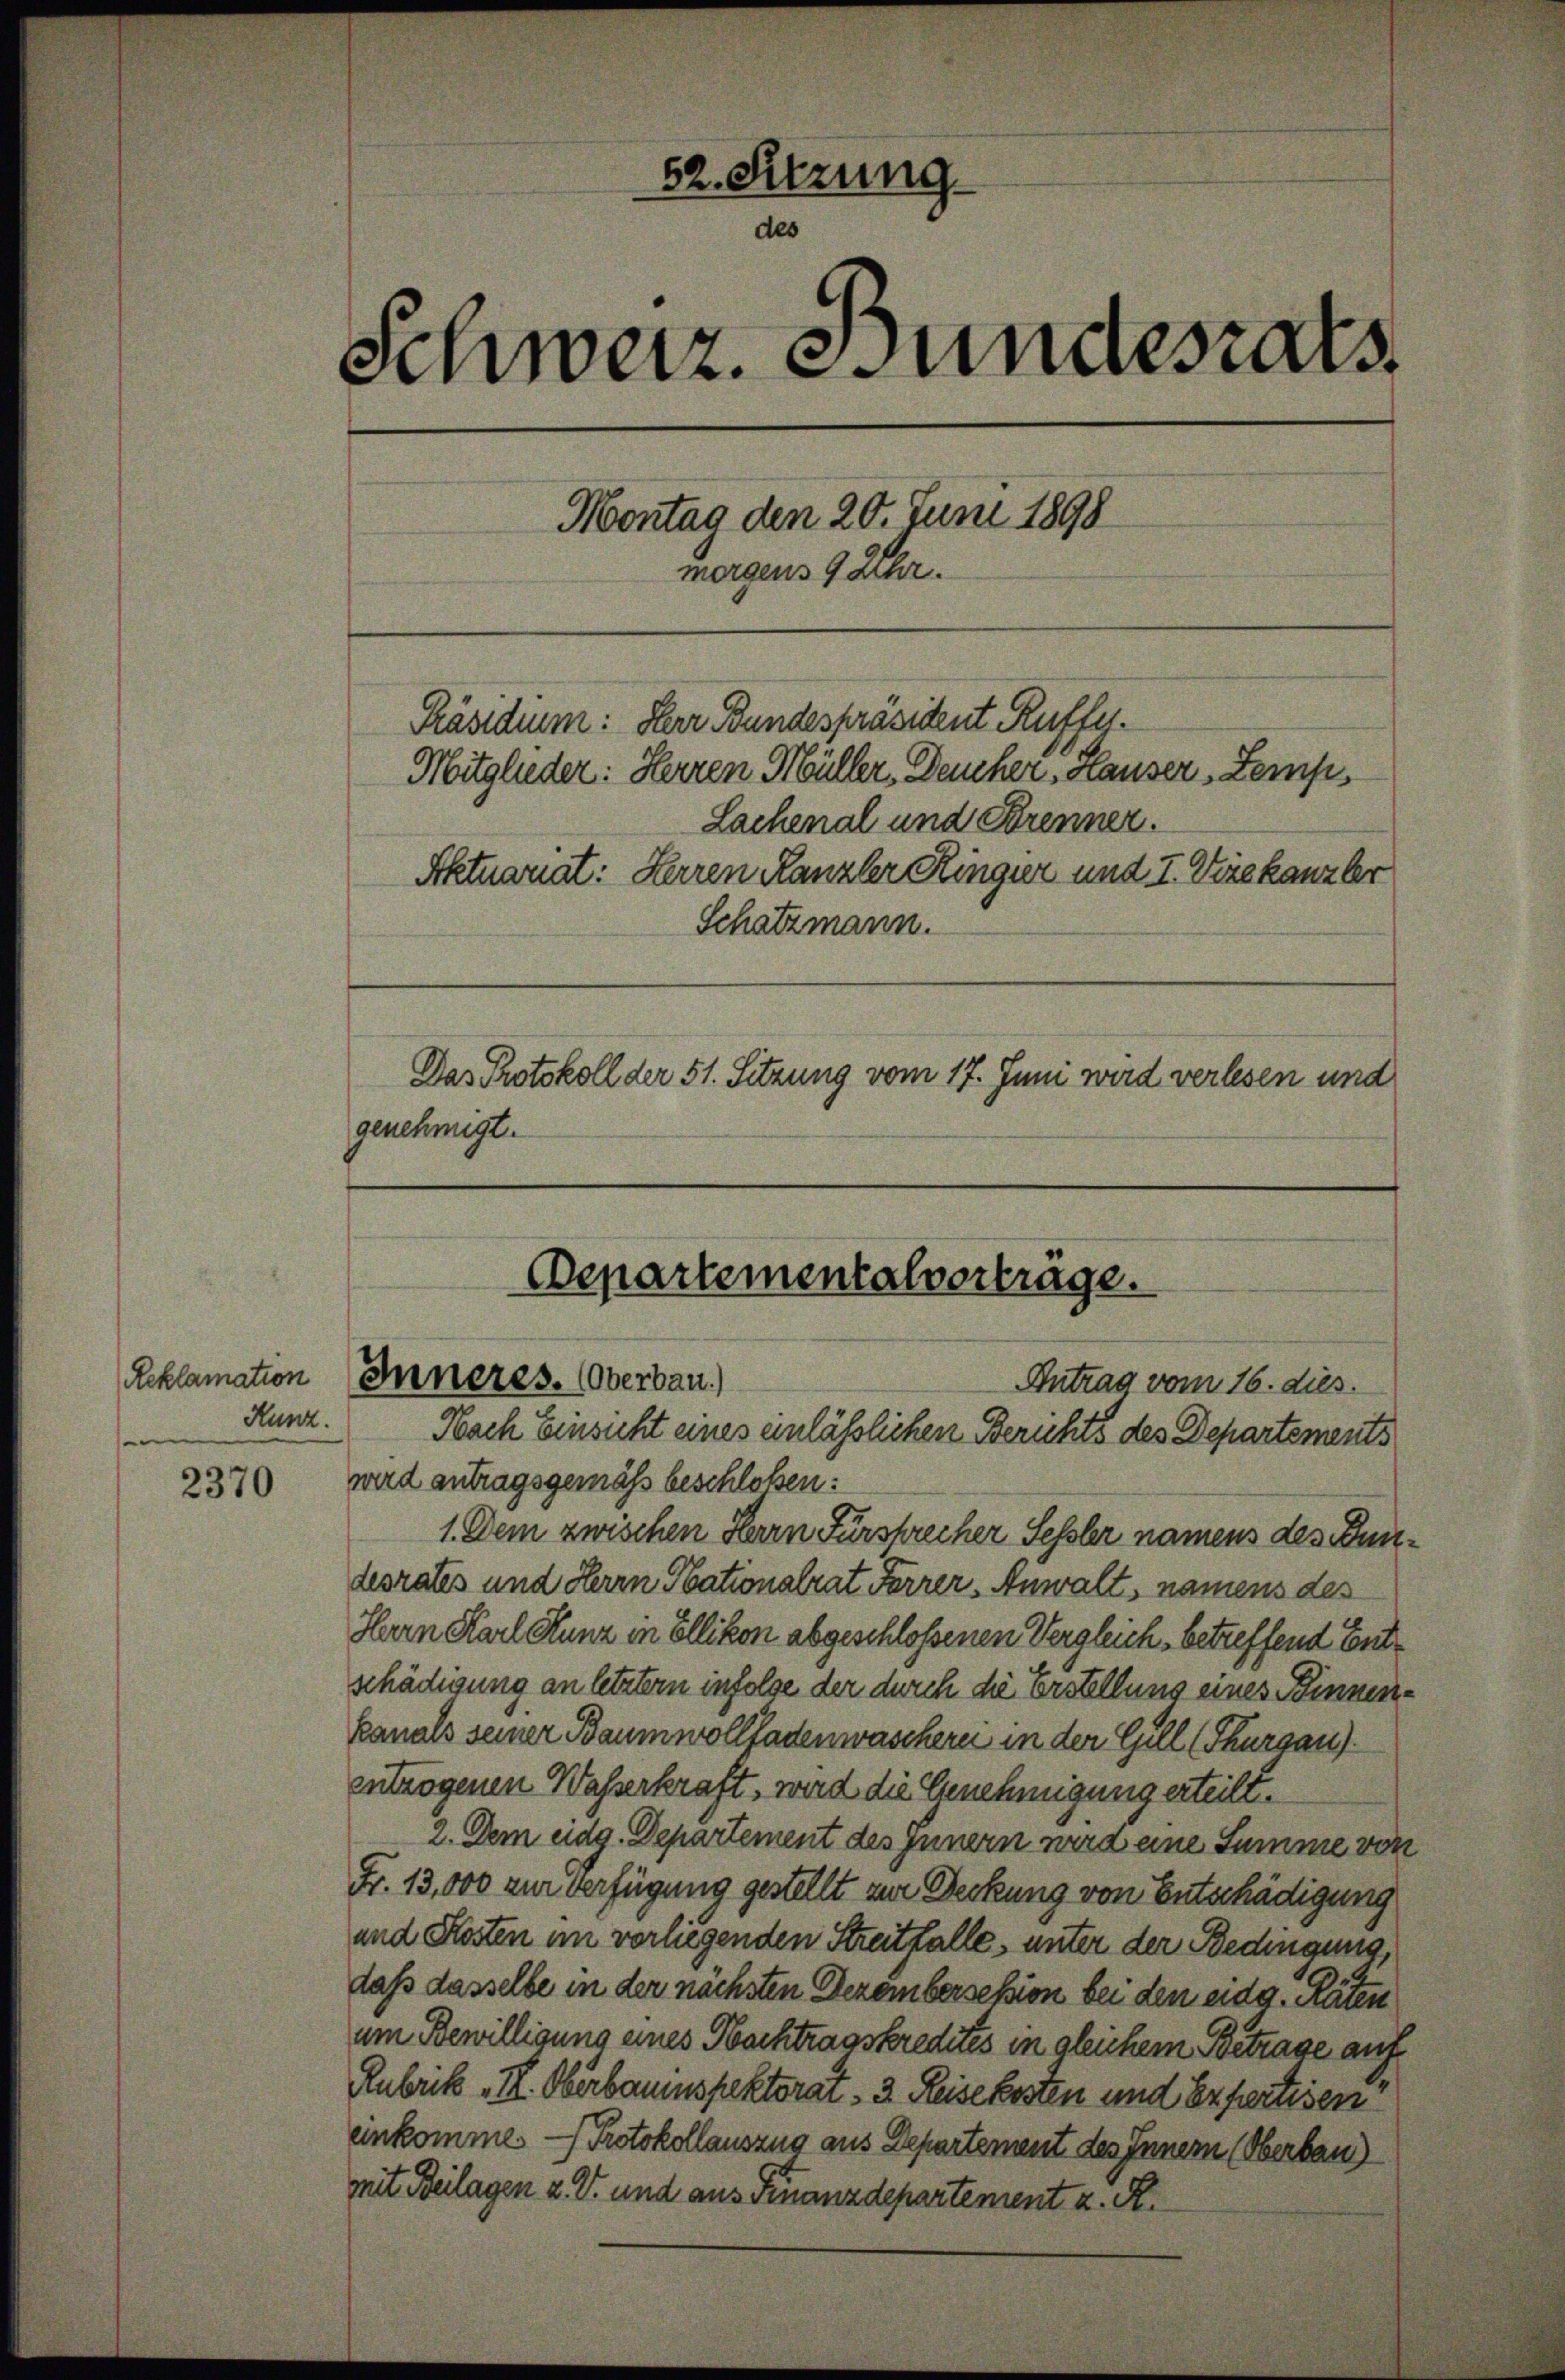
Reklamation
Kunz.

2370

52. Sitzung.
des
Schweiz. Bundesrats
Montag den 20. Juni 1898
morgens 9 Uhr.
Präsidium: Herr Bundespräsident Ruffy.
Mitglieder: Herren Müller, Deucher, Hauser, Zemp¬
Lachenal und Brenner.
Aktuariat: Herren Kanzler Ringer und I. Direkanzler
Schatzmann.
Das Protokoll der 51. Sitzung vom 17. Juni wird verlesen und
genehmigt.

Departementalverträge.
Inneres. (Oberbau.)
Antrag vom 16. dies.
Nach Einsicht eines einlässlichen Berichts des Departements

wird antragsgemäss beschloßen:
1. Dem zwischen Herrn Fürsprecher Sessler namens des Bundesrates und Herrn Stationalrat Forrer Anwalt, namens des
Herrn Karl Kunz in Ellikon abgeschloßenen Vergleich, betreffend Entschädigung an letztern infolge der durch die Erstellung eines Binnenkanals seiner Baumwollfadenwaschern in der Gill (Thurgau)
entzogenen Wasserkraft, wird die Genehmigung erteilt.
2. Dem eidg. Departement des Innern wird eine Summe von
Fr. 13,000 zur Verfügung gestellt zur Deckung von Entschädigung
und Kosten im vorliegenden Streitfalle, unter der Bedingung,
daß dasselbe in der nächsten Dezembersession bei den eidg. Räten
um Bewilligung eines Nachtragskredites in gleichem Betrage auf
Rubrik „IV. Oberbaumspektorar - 3. Reise kosten und Expertisen
einkomme. — Protokollauszug aus Departement des Innern (Oberbau)
mit Beilagen u. V. und aus Finanzdepartement z. R.